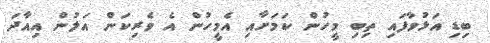
ބިޑި އަޅުވާފައި ތިބި މީހުން ކަމަށާއި އެމީހުން އެ ވެރިކަން އަލުން އިއާދަ